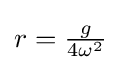
{\textstyle r={\frac {g}{4\omega ^{2}}}\,}